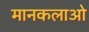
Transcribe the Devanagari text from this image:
मानकलाओ